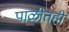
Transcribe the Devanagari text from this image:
पाळीतही